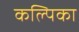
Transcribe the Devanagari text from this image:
कल्पिका